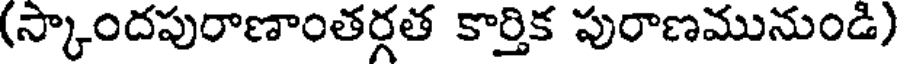
(స్కాందపురాణాంతర్గత కార్తిక పురాణమునుండి)